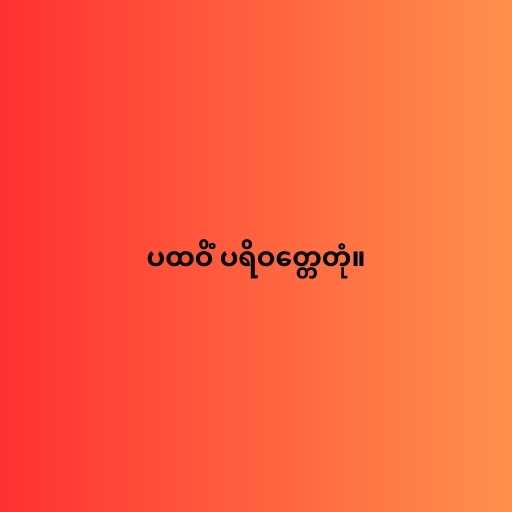
ပထဝိံ ပရိဝတ္တေတုံ။